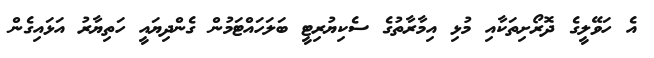
އެ ހަވޭލީގެ ދޮރޯށިތަކާއި މުޅި އިމާރާތުގެ ސެކިޔުރިޓީ ބަލަހައްޓަމުން ގެންދިޔައީ ހަތިޔާރު އަޅައިގެން